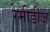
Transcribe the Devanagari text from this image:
रेमीडीज